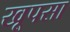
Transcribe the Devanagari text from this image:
खूपसा